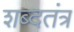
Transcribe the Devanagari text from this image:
शब्दतंत्र